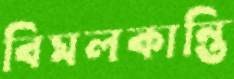
বিমলকান্তি